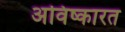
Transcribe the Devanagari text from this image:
अविष्कारत